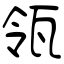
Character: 瓴